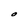
Character: O